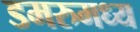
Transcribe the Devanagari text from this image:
डमरुमध्य